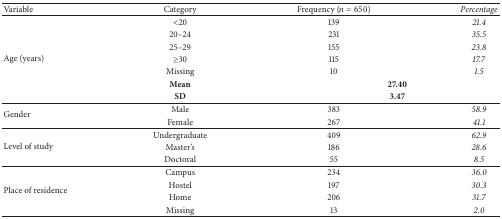
<table><thead><tr><td><b>Variable</b></td><td><b>Category</b></td><td><b>Frequency (<i>n</i> = 650)</b></td><td><b><i>Percentage</i></b></td></tr></thead><tbody><tr><td rowspan="7">Age (years)</td><td>&lt;20</td><td>139</td><td><i>21.4</i></td></tr><tr><td>20–24</td><td>231</td><td><i>35.5</i></td></tr><tr><td>25–29</td><td>155</td><td><i>23.8</i></td></tr><tr><td>≥30</td><td>115</td><td><i>17.7</i></td></tr><tr><td>Missing</td><td>10</td><td><i>1.5</i></td></tr><tr><td><b>Mean</b></td><td colspan="2"><b>27.40</b></td></tr><tr><td><b>SD</b></td><td colspan="2"><b>3.47</b></td></tr><tr><td rowspan="2">Gender</td><td>Male</td><td>383</td><td><i>58.9</i></td></tr><tr><td>Female</td><td>267</td><td><i>41.1</i></td></tr><tr><td rowspan="3">Level of study</td><td>Undergraduate</td><td>409</td><td><i>62.9</i></td></tr><tr><td>Master&#x27;s</td><td>186</td><td><i>28.6</i></td></tr><tr><td>Doctoral</td><td>55</td><td><i>8.5</i></td></tr><tr><td rowspan="4">Place of residence</td><td>Campus</td><td>234</td><td><i>36.0</i></td></tr><tr><td>Hostel</td><td>197</td><td><i>30.3</i></td></tr><tr><td>Home</td><td>206</td><td><i>31.7</i></td></tr><tr><td>Missing</td><td>13</td><td><i>2.0</i></td></tr></tbody></table>